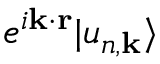
e ^ { i \mathbf { k } \cdot \mathbf { r } } | u _ { n , \mathbf { k } } \rangle